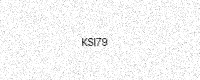
Text: KSI79